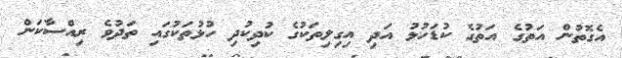
އެގޮތުން އަތުގެ އަތުގެ ކުޑަހުޅު އަދި އިގިލިތަކުގެ ކުދިކުދި ހުޅުތަކުގައި ތަދުވެ ރިއްސާކަން